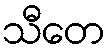
သီတေ